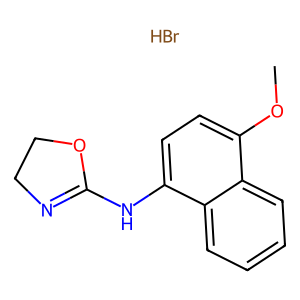
SMILES: Br.COc1ccc(NC2=NCCO2)c2ccccc12
Inhibits HIV replication: No